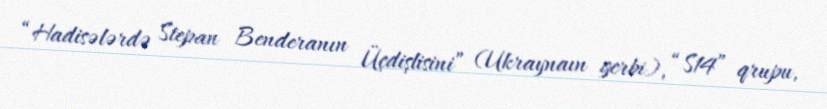
“Hadisələrdə Stepan Benderanın Üçdişlisini” (Ukraynaın gerbi), “S14” qrupu,